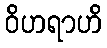
ဝိဟရာဟိ